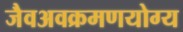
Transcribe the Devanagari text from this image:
जैवअवक्रमणयोग्य